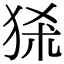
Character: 𤞠